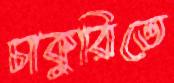
চাকুরিতে